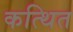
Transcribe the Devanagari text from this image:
कत्थित